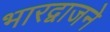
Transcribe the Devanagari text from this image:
भारद्वाजने